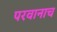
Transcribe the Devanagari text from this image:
परवानाच